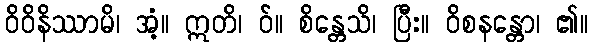
ဝိဝိနိဿာမိ၊ အံ့။ ဣတိ၊ ဝ်။ စိန္တေသိ၊ ပြီး။ ဝိစနန္တော၊ ၏။